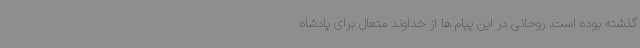
گذشته بوده است. روحانی در این پیام ها از خداوند متعال برای پادشاه